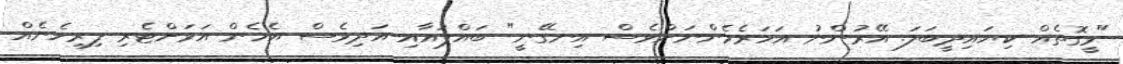
"ވީގޮތެއް ކިޔައިދީބަލަ. އޭރުންނު އަހަރެމެންނަށްވެސް އިނގޭނީ" ބައްޕައާއި އަދިވެސް އެހެން އަވަށްޓެރި ފިރިހެނެއް